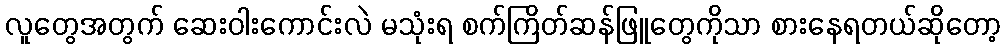
လူတွေအတွက် ဆေးဝါးကောင်းလဲ မသုံးရ စက်ကြိတ်ဆန်ဖြူတွေကိုသာ စားနေရတယ်ဆိုတော့